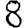
Digit: 8